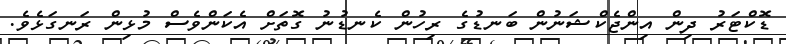
ޑޮކްޓަރު ދިން އިންޖެކްޝަނުން ބަނޑުގެ ރިހުން ކެނޑުނު ގޮތަށް އެކަންވެސް މުޅިން ރަނގަޅެވެ.